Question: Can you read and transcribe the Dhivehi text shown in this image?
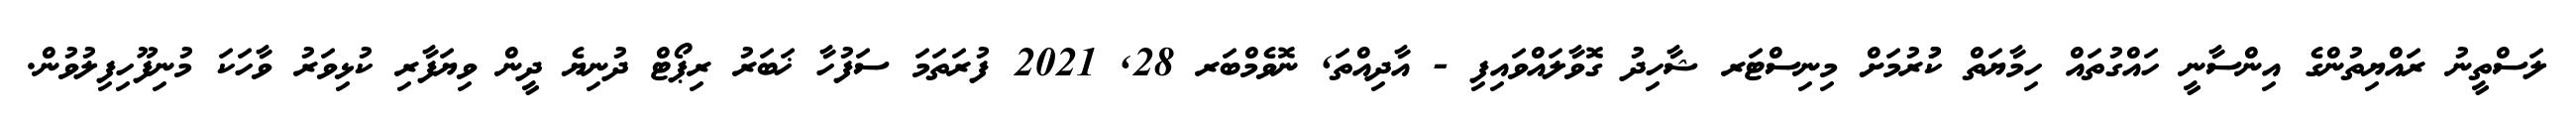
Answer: ލަސްތީނު ރައްޔިތުންގެ އިންސާނީ ހައްގުތައް ހިމާޔަތް ކުުރުމަށް މިނިސްޓަރ ޝާހިދު ގޮވާލައްވައިފި - އާދިއްތަ, ނޮވެމްބަރ 28, 2021 ފުރަތަމަ ސަފުހާ ޚަބަރު ރިޕޯޓް ދުނިޔެ ދީން ވިޔަފާރި ކުޅިވަރު ވާހަކަ މުނިފޫހިފިލުވުން.